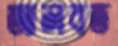
আলবত